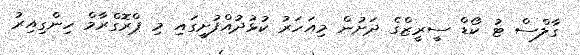
ގާލްސް ޓު ކޯޑް ސީރީޒްގެ ދަށުން މިއަހަރު ކުޅުދުއްފުށީގައި މި ޕްރޮގްރާމް ހިންގިއިރު